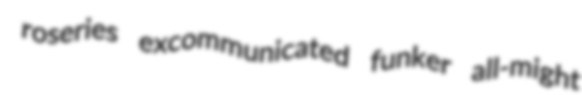
roseries excommunicated funker all-might